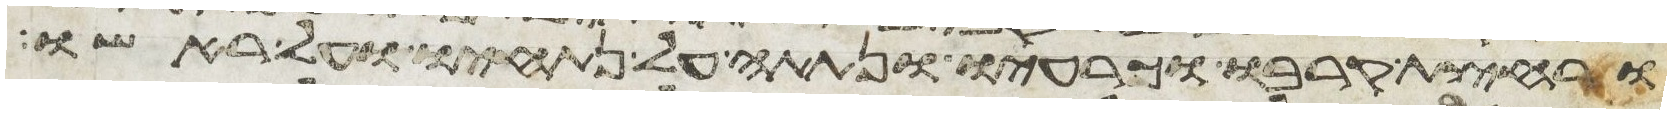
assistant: ורחצת קרבו וכרעיו ונתתה על נתחיו ועל ראשו